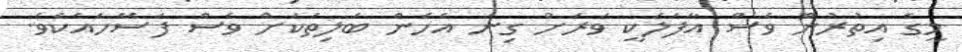
މީގެ އިތުރުން ވެސް އާފަލަކީ ވަރަށް ގިނަ އެހެން ބަލިތަކަށް ވެސް ފަސޭހައެކެވެ.